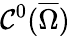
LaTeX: \mathcal{C}^{0}(\overline{{\Omega}})